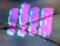
হইহুল্লা